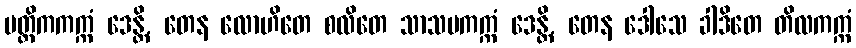
မတ္တိကကက္ကံ ဒေန္တိ, တေန လောဟိတေ စလိတေ သာသပကက္ကံ ဒေန္တိ, တေန ဒေါသေ ခါဒိတေ တိလကက္ကံ